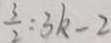
\frac { 3 } { 2 } : 3 k - 2